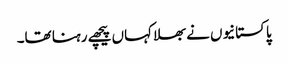
پاکستانیوں نے بھلا کہاں پیچھے رہنا تھا۔